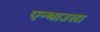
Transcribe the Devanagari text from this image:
एन्थाउसा